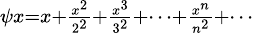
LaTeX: \scriptstyle\psi x=x+{\frac{x^{2}}{2^{2}}}+{\frac{x^{3}}{3^{2}}}+\cdots+{\frac{x^{n}}{n^{2}}}+\cdots